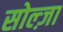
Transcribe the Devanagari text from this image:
सोल्ज़ा